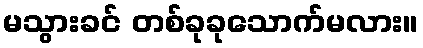
မသွားခင် တစ်ခုခုသောက်မလား။